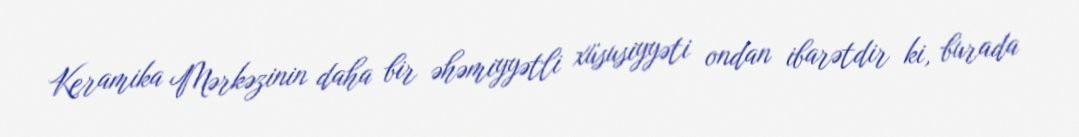
Keramika Mərkəzinin daha bir əhəmiyyətli xüsusiyyəti ondan ibarətdir ki, burada